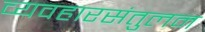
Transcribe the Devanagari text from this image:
व्यवहारसंतुलन